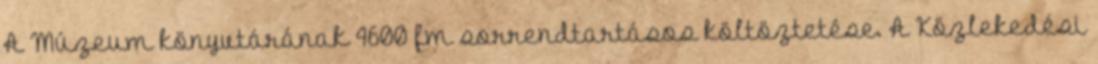
A Múzeum könyvtárának 4600 fm sorrendtartásos költöztetése. A Közlekedési